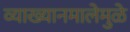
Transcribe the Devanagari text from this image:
व्याख्यानमालेमुळे